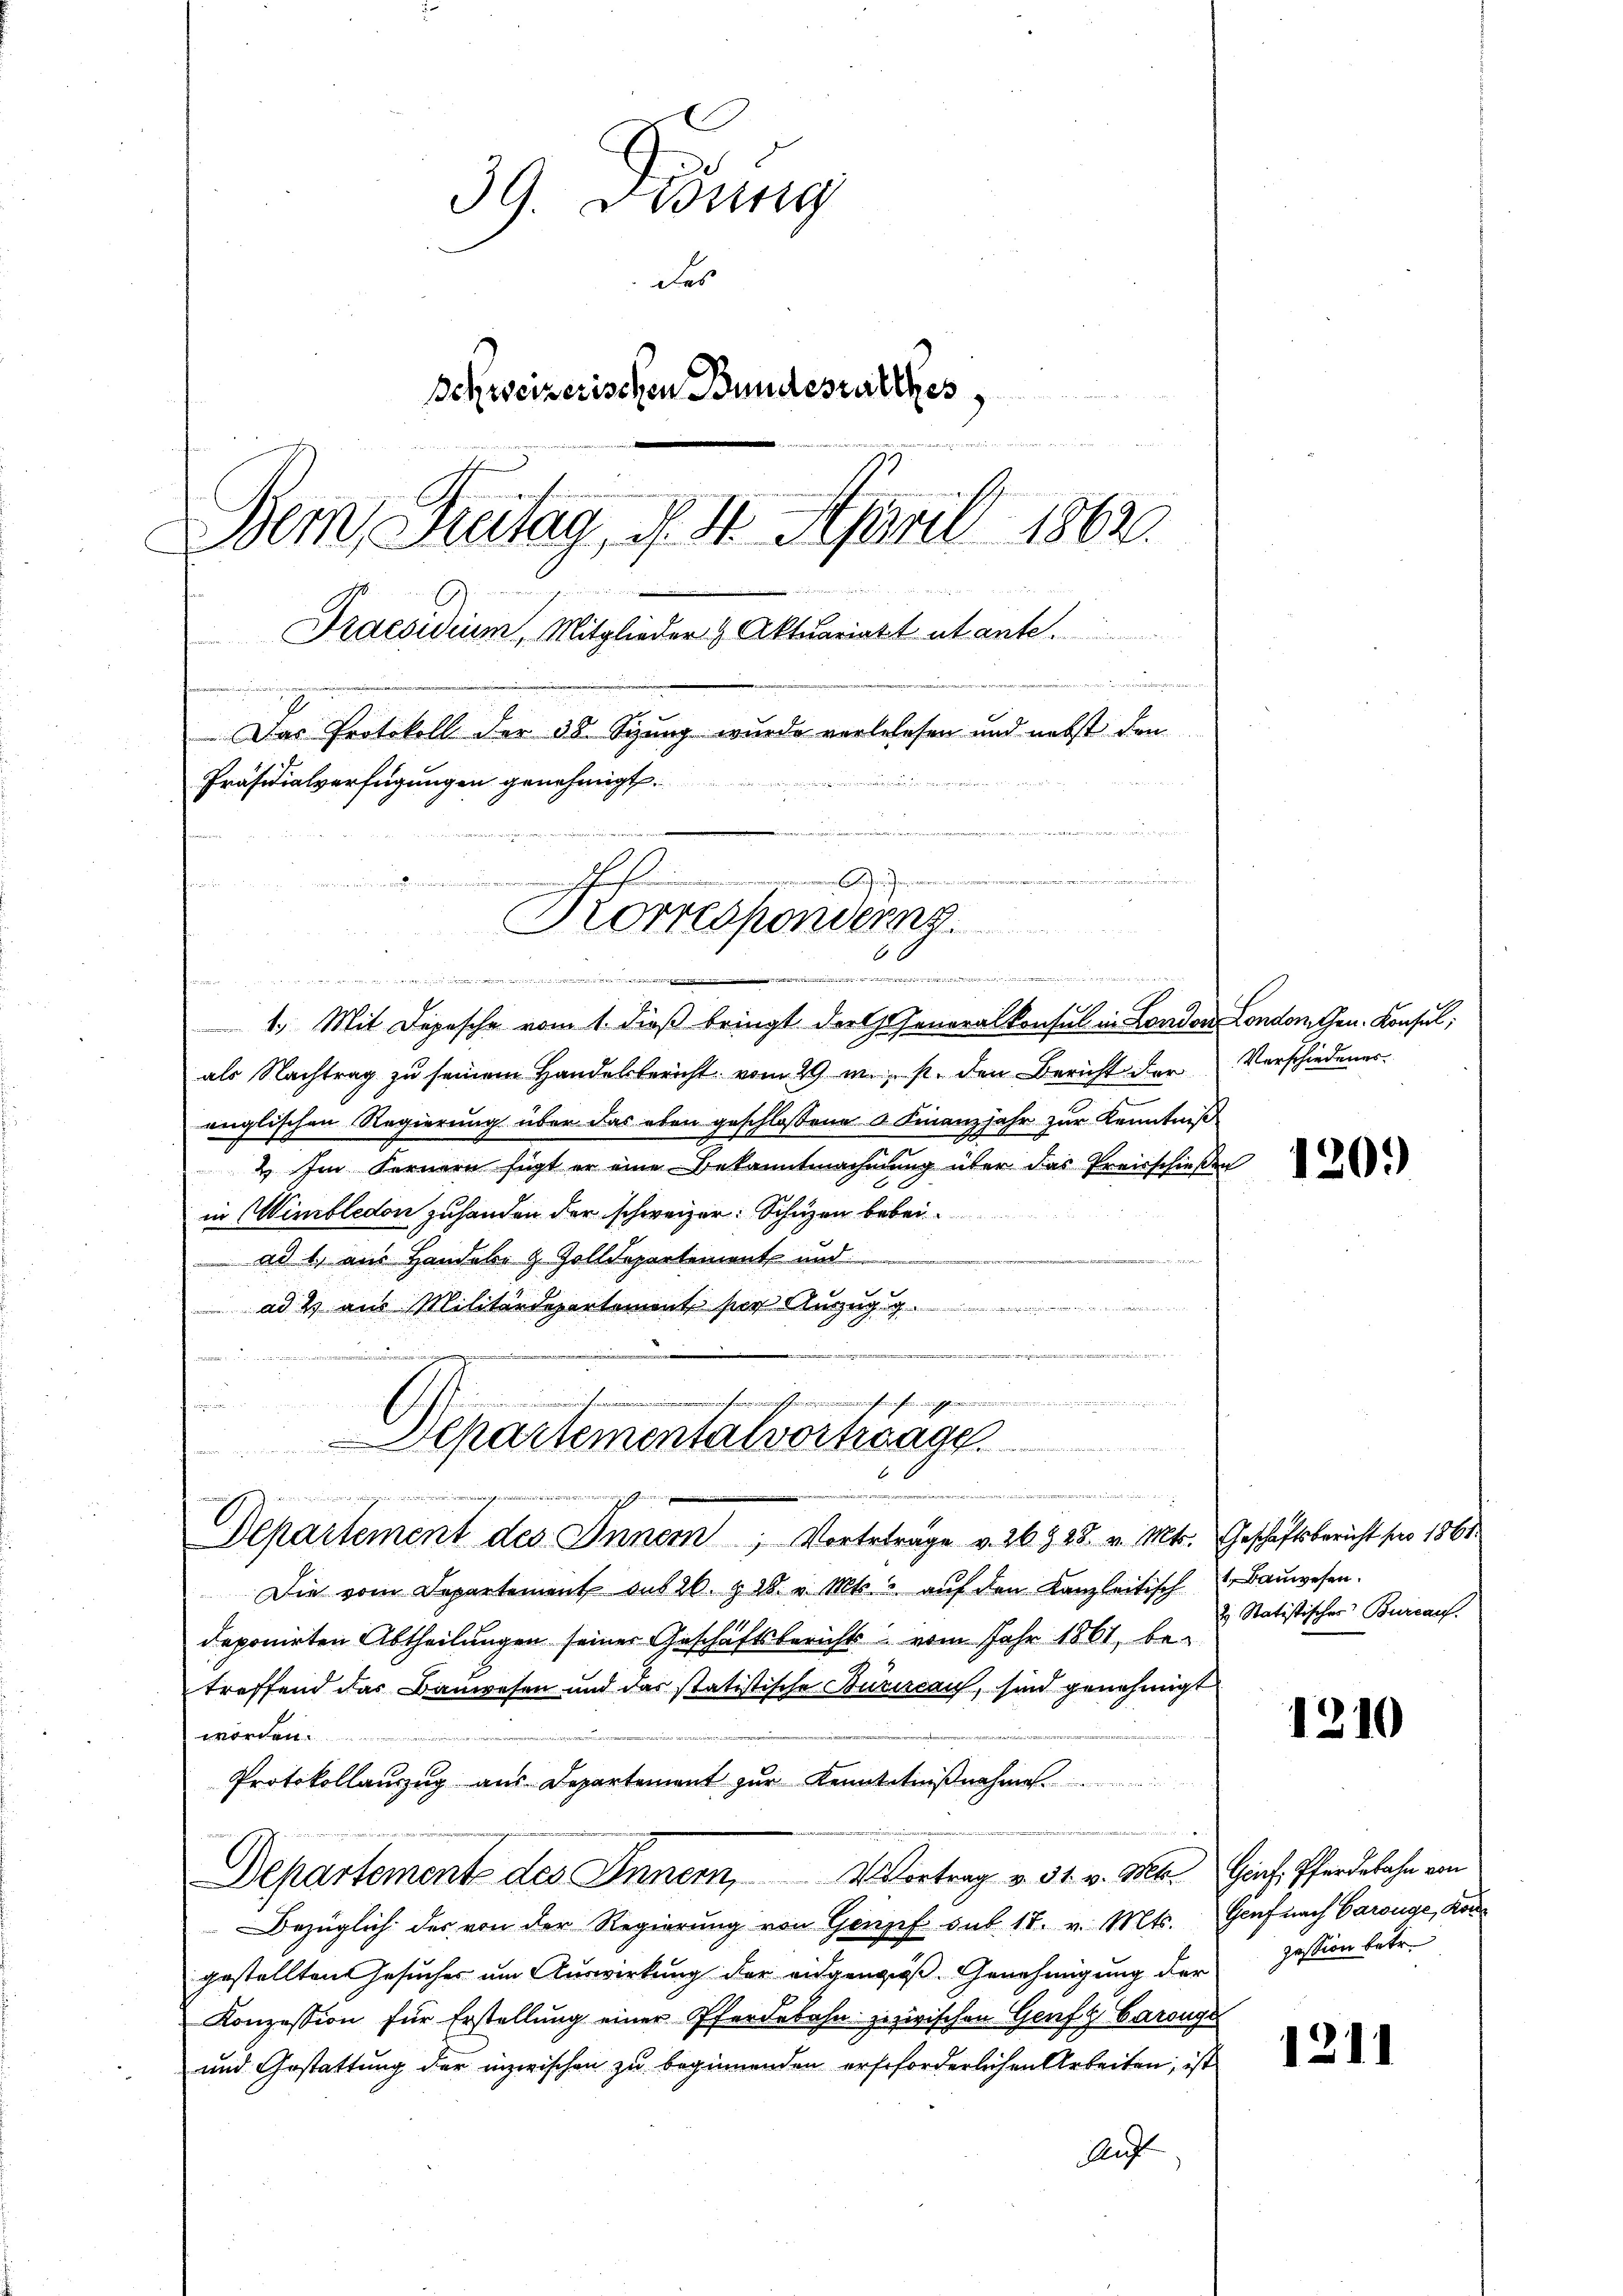
39. Didung
des
Schweizerischen Bundesrathes,
Bern, Freitag, § 4. April 1862.
Praesidium, Mitglieder & Aktuariatt abante.
de
Das Protokoll der 38. Sizung wurde verbelesen und nebst den
an, der einer
Präsidialverfügungen genehmigt.
n
em Collenden, wen
f
Korrespondern.

1. Mit Depesche vom 1. dieß bringt der Generalkonsul in London Londorthen. Konsul,
als Nachtrag zu seinem Handelbericht vom 29 m. p. den Bericht der Verschiedener.
englischen Regierung über das eben geschlossene u. Finanzjahr zur Kenntniß
2 Im Fernern sagt er eine Bekanntmachung über das Preisschießen
in Wimbledon zuhanden der schweizer. Schüzen bebei
ad 1, aus Handels z. Zolldepartement und
ad 2 aus Militärdepartement für Auszug g

1
Kunerfung unschaden in eine
vernehmen namensche
n

Departementalvortrage
de
J. An ei
Departement des Innern, Vortrtrage v. 26928. v. Mts. Geschäftsbericht pro 1861

hit 1242 et und in Minorisau und 15307.

Die vom Departement aus 26. & 28. v. Mts. aŭf den Kanzleitisch Bauwesen.
deponirten Abtheilungen seiner Geschäftsberichts vom Jahr 1861, betreffend das Bauwesen und das statistische Burircauf, sind genehmigt
worden.
Protokollauszug aus Departement zur Kenntnißnahme.
Departement des Inner, Vortrag v. 31. v. M. Graf, Pferdebahn von
Bezüglich des von der Regierŭng von Genf sub. 18. v. Mts. Genf nach Carouge, Kongestellten Gesucher um Auswirkung der eidgengroß. Genehmigung der Zession betr.
Konzession für Erstellung einer Pferdebahn zuzwischen Genf Carouge
und Gestattung der inzwischen zu beginnenden erstforderlichen Arbeiten, ist
Auf

1209

2. Statistischer Bureauf

1210

1211